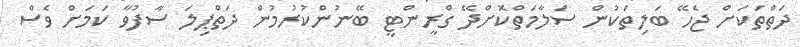
ދަތްތަކަށް ޖެހޭ ބަލިތަކުން ސަލާމަތްކޮށްދޭ ގްރީންޓީ ބޭނުންކުރުމުން ދަތްޕިލަ ސާފުވާ ކަމަށް ވެސް